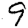
Digit: 9